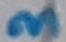
Text: 3